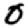
Digit: 0